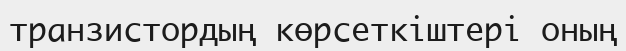
транзистордың көрсеткіштері оның